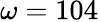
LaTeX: \omega=104